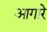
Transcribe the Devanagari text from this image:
आगारे